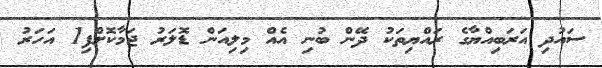
ސައުދި އަރަބިއްޔާގެ ރައްޔިތަކު ދޭން ބުނި އެއް މިލިއަން ޑޮލަރު ޖަމާކޮށްފި1 އަހަރު